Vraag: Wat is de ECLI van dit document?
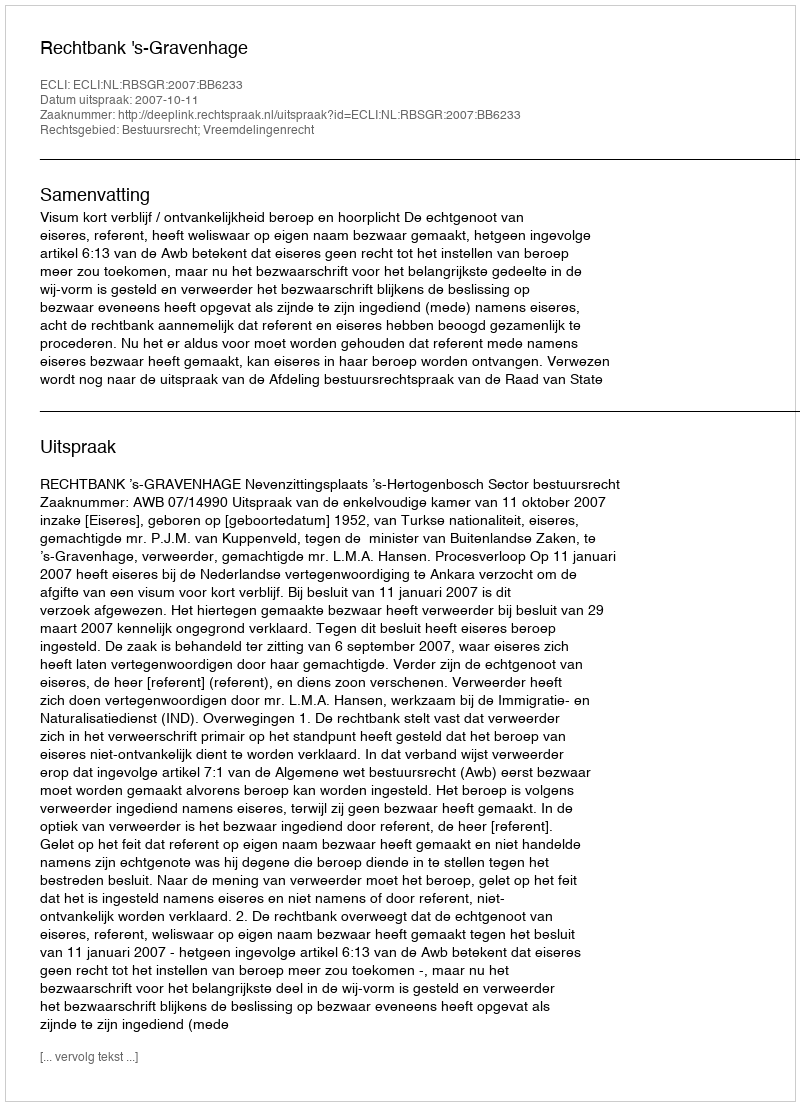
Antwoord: ECLI:NL:RBSGR:2007:BB6233